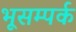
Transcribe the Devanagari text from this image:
भूसम्पर्क